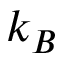
k _ { B }